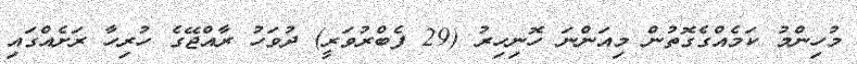
މުހިންމު ކަމެއްގެގޮތުން މިއަންނަ ހޮނިހިރު (29 ފެބްރުވަރީ) ދުވަހު ރާއްޖޭގެ ހުރިހާ ރަށެއްގައި